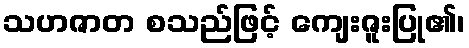
သဟဇာတ စသည်ဖြင့် ကျေးဇူးပြု၏၊